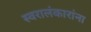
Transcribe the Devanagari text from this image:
स्वरालंकारांना